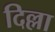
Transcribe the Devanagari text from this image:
दिल्ला